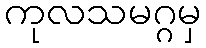
ကုလသမဂ္ဂမှ